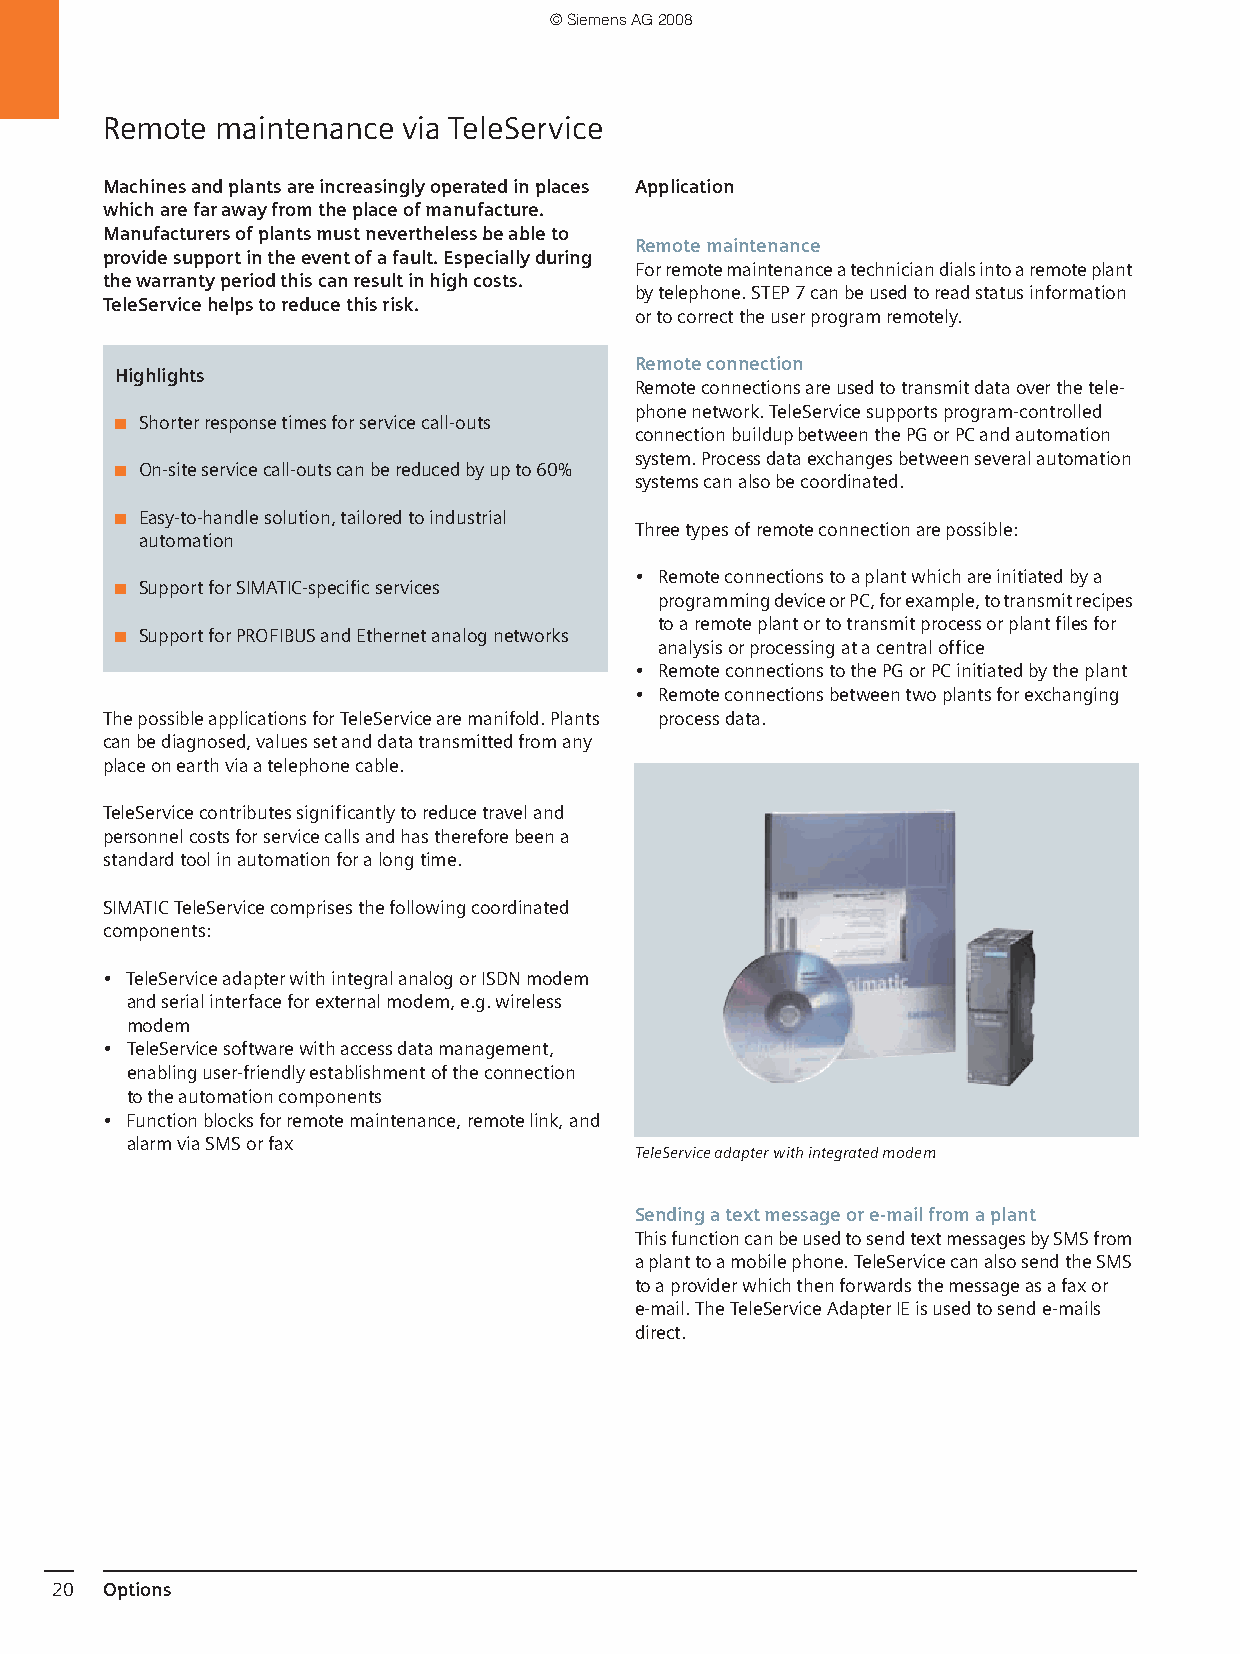
© Siemens AG 2008
 Remote maintenance  via TeleService
 Machines and plants are increasingly operated in places Application
 which are far away from the place of manufacture.
 Manufacturers of plants must nevertheless be able to
 Remote maintenance
 provide support in the event of a fault. Especially during
 For remote maintenance a technician dials into a remote plant
 the warranty period this can result in high costs.
 by telephone. STEP 7 can be used to read status information
 TeleService helps to reduce this risk.
 or to correct the user program remotely.
 Remote connection
 Highlights
 Remote connections are used to transmit data over the tele-
 phone network. TeleService supports program-controlled
 ■ Shorter response times for service call-outs
 connection buildup between the PG or PC and automation
 system. Process data exchanges between several automation
 ■ On-site service call-outs can be reduced by up to 60%
 systems can also be coordinated.
 ■ Easy-to-handle solution, tailored to industrial
 Three types of remote connection are possible:
 automation
 • Remote connections to a plant which are initiated by a
 ■ Support for SIMATIC-specific services
 programming device or PC, for example, to transmit recipes
 to a remote plant or to transmit process or plant files for
 ■ Support for PROFIBUS and Ethernet analog networks
 analysis or processing at a central office
 • Remote connections to the PG or PC initiated by the plant
 • Remote connections between two plants for exchanging
 The possible applications for TeleService are manifold. Plants process data.
 can be diagnosed, values set and data transmitted from any
 place on earth via a telephone cable.
 TeleService contributes significantly to reduce travel and
 personnel costs for service calls and has therefore been a
 standard tool in automation for a long time.
 SIMATIC TeleService comprises the following coordinated
 components:
 • TeleService adapter with integral analog or ISDN modem
 and serial interface for external modem, e.g. wireless
 modem
 • TeleService software with access data management,
 enabling user-friendly establishment of the connection
 tothe automation components
 • Function blocks for remote maintenance, remote link, and
 alarm via SMS or fax
 TeleService adapter with integrated modem
 Sending a text message or e-mail from a plant
 This function can be used to send text messages by SMS from
 a plant to a mobile phone. TeleService can also send the SMS
 to a provider which then forwards the message as a fax or
 e-mail. The TeleService Adapter IE is used to send e-mails
 direct.
 20  Options